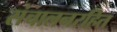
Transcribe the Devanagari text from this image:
संचालनरहित